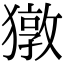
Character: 獤